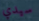
سيدي